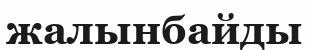
жалынбайды